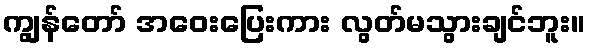
ကျွန်တော် အဝေးပြေးကား လွတ်မသွားချင်ဘူး။